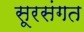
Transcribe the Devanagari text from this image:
सूरसंगत